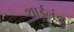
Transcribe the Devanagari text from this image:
थाईलंड